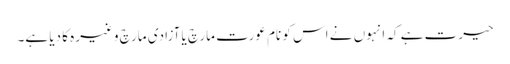
حیرت ہے کہ انہوں نے اس کو نام عورت مارچ یا آزادی مارچ وغیرہ کا دیا ہے۔